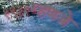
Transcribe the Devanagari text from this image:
१९३१म्हणजे